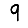
Digit: 9